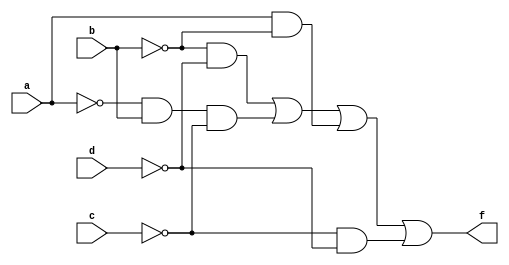
module ques2_c(input a, input b, input c, input d, output f);
assign f = (~b & ~d) | (~a & b & ~c) | (a & ~b) | (~c & ~d);
endmodule